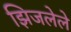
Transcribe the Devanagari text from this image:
झिजलेले